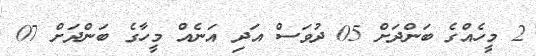
2 މީހެއްގެ ބަންދަށް 05 ދުވަސް އަދި އަނެއް މީހާގެ ބަންދަށް 07